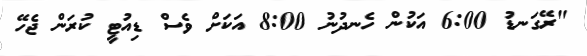
"ރޭގަނޑު 6:00 އަކުން ހެނދުނު 8:00 އަކަށް ވެސް ޑިއުޓީ ކުރަން ޖެހޭ